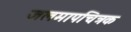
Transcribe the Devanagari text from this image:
जलमापचित्रक